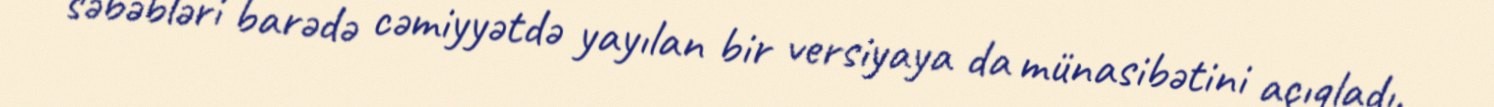
səbəbləri barədə cəmiyyətdə yayılan bir versiyaya da münasibətini açıqladı.